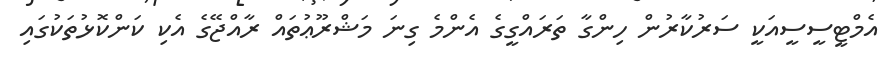
އެމްޓީސީސީއަކީ ސަރުކާރުން ހިންގާ ތަރައްގީގެ އެންމެ ގިނަ މަޝްރޫޢުތައް ރާއްޖޭގެ އެކި ކަންކޮޅުތަކުގައި